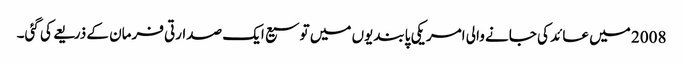
2008 میں عائد کی جانے والی امریکی پابندیوں میں توسیع ایک صدارتی فرمان کے ذریعے کی گئی۔